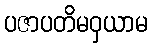
ပဇာပတိမဝှယာမ